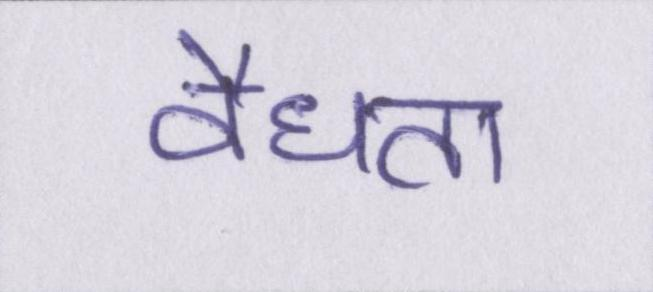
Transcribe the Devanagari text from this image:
वैधता